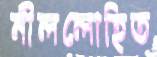
নীললোহিত